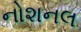
નોશનલ